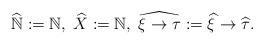
LaTeX: \begin{align*}\widehat{\mathbb{N}}:=\mathbb{N},\;\widehat{X}:=\mathbb{N},\;\widehat{\xi\to\tau}:=\widehat{\xi}\to\widehat{\tau}.\end{align*}